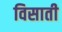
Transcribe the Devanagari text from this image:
विसाती